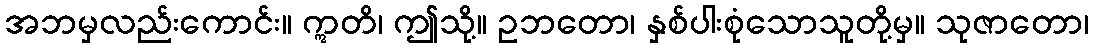
အဘမှလည်းကောင်း။ ဣတိ၊ ဤသို့။ ဥဘတော၊ နှစ်ပါးစုံသောသူတို့မှ။ သုဇာတော၊